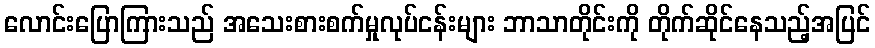
လောင်းပြောကြားသည် အသေးစားစက်မှုလုပ်ငန်းများ ဘာသာတိုင်းကို တိုက်ဆိုင်နေသည့်အပြင်